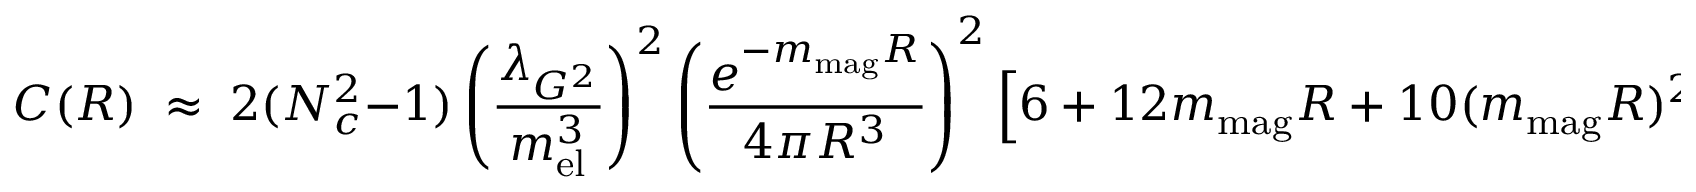
C ( R ) \; \approx \; 2 ( N _ { c } ^ { 2 } - 1 ) \left( { \frac { \lambda _ { G ^ { 2 } } } { m _ { \mathrm { e l } } ^ { 3 } } } \right) ^ { 2 } \left( { \frac { e ^ { - m _ { \mathrm { m a g } } R } } { 4 \pi R ^ { 3 } } } \right) ^ { 2 } \left[ 6 + 1 2 m _ { \mathrm { m a g } } R + 1 0 ( m _ { \mathrm { m a g } } R ) ^ { 2 } + 4 ( m _ { \mathrm { m a g } } R ) ^ { 3 } \right]